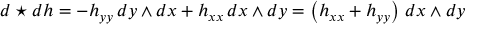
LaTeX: d \star d h = - h _ { y y } \, d y \wedge d x + h _ { x x } \, d x \wedge d y = \left( h _ { x x } + h _ { y y } \right) \, d x \wedge d y